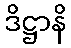
ဒိဋ္ဌာနိ